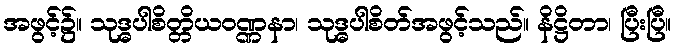
အဖွင့်၌။ သုဒ္ဓပါစိတ္တိယဝဏ္ဏနာ၊ သုဒ္ဓပါစိတ်အဖွင့်သည်။ နိဋ္ဌိတာ၊ ပြီးပြီ။